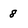
Character: 8